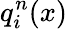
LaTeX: q_{i}^{n}(x)